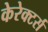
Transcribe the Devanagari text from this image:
केरेक्टर्स